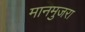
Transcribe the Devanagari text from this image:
मानमुजरा